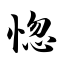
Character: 惚